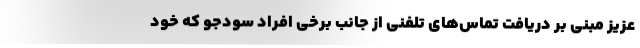
عزیز مبنی بر دریافت تماس‌های تلفنی از جانب برخی افراد سودجو که خود